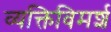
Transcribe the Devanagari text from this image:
व्यक्तिविमर्श